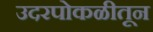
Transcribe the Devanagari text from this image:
उदरपोकळीतून